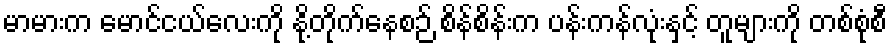
မာမားက မောင်ငယ်လေးကို နို့တိုက်နေစဉ် စိန်စိန်းက ပန်းကန်လုံးနှင့် တူများကို တစ်စုံစီ